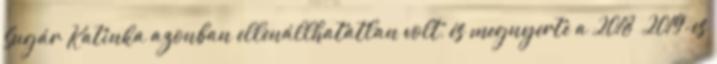
Sugár Katinka azonban ellenállhatatlan volt, és megnyerte a 2018 2019-es